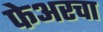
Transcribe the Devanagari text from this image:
फेअरचा